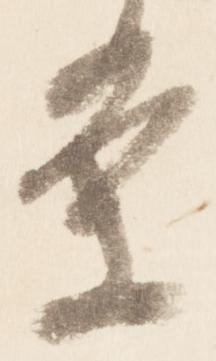
条